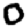
Digit: 0